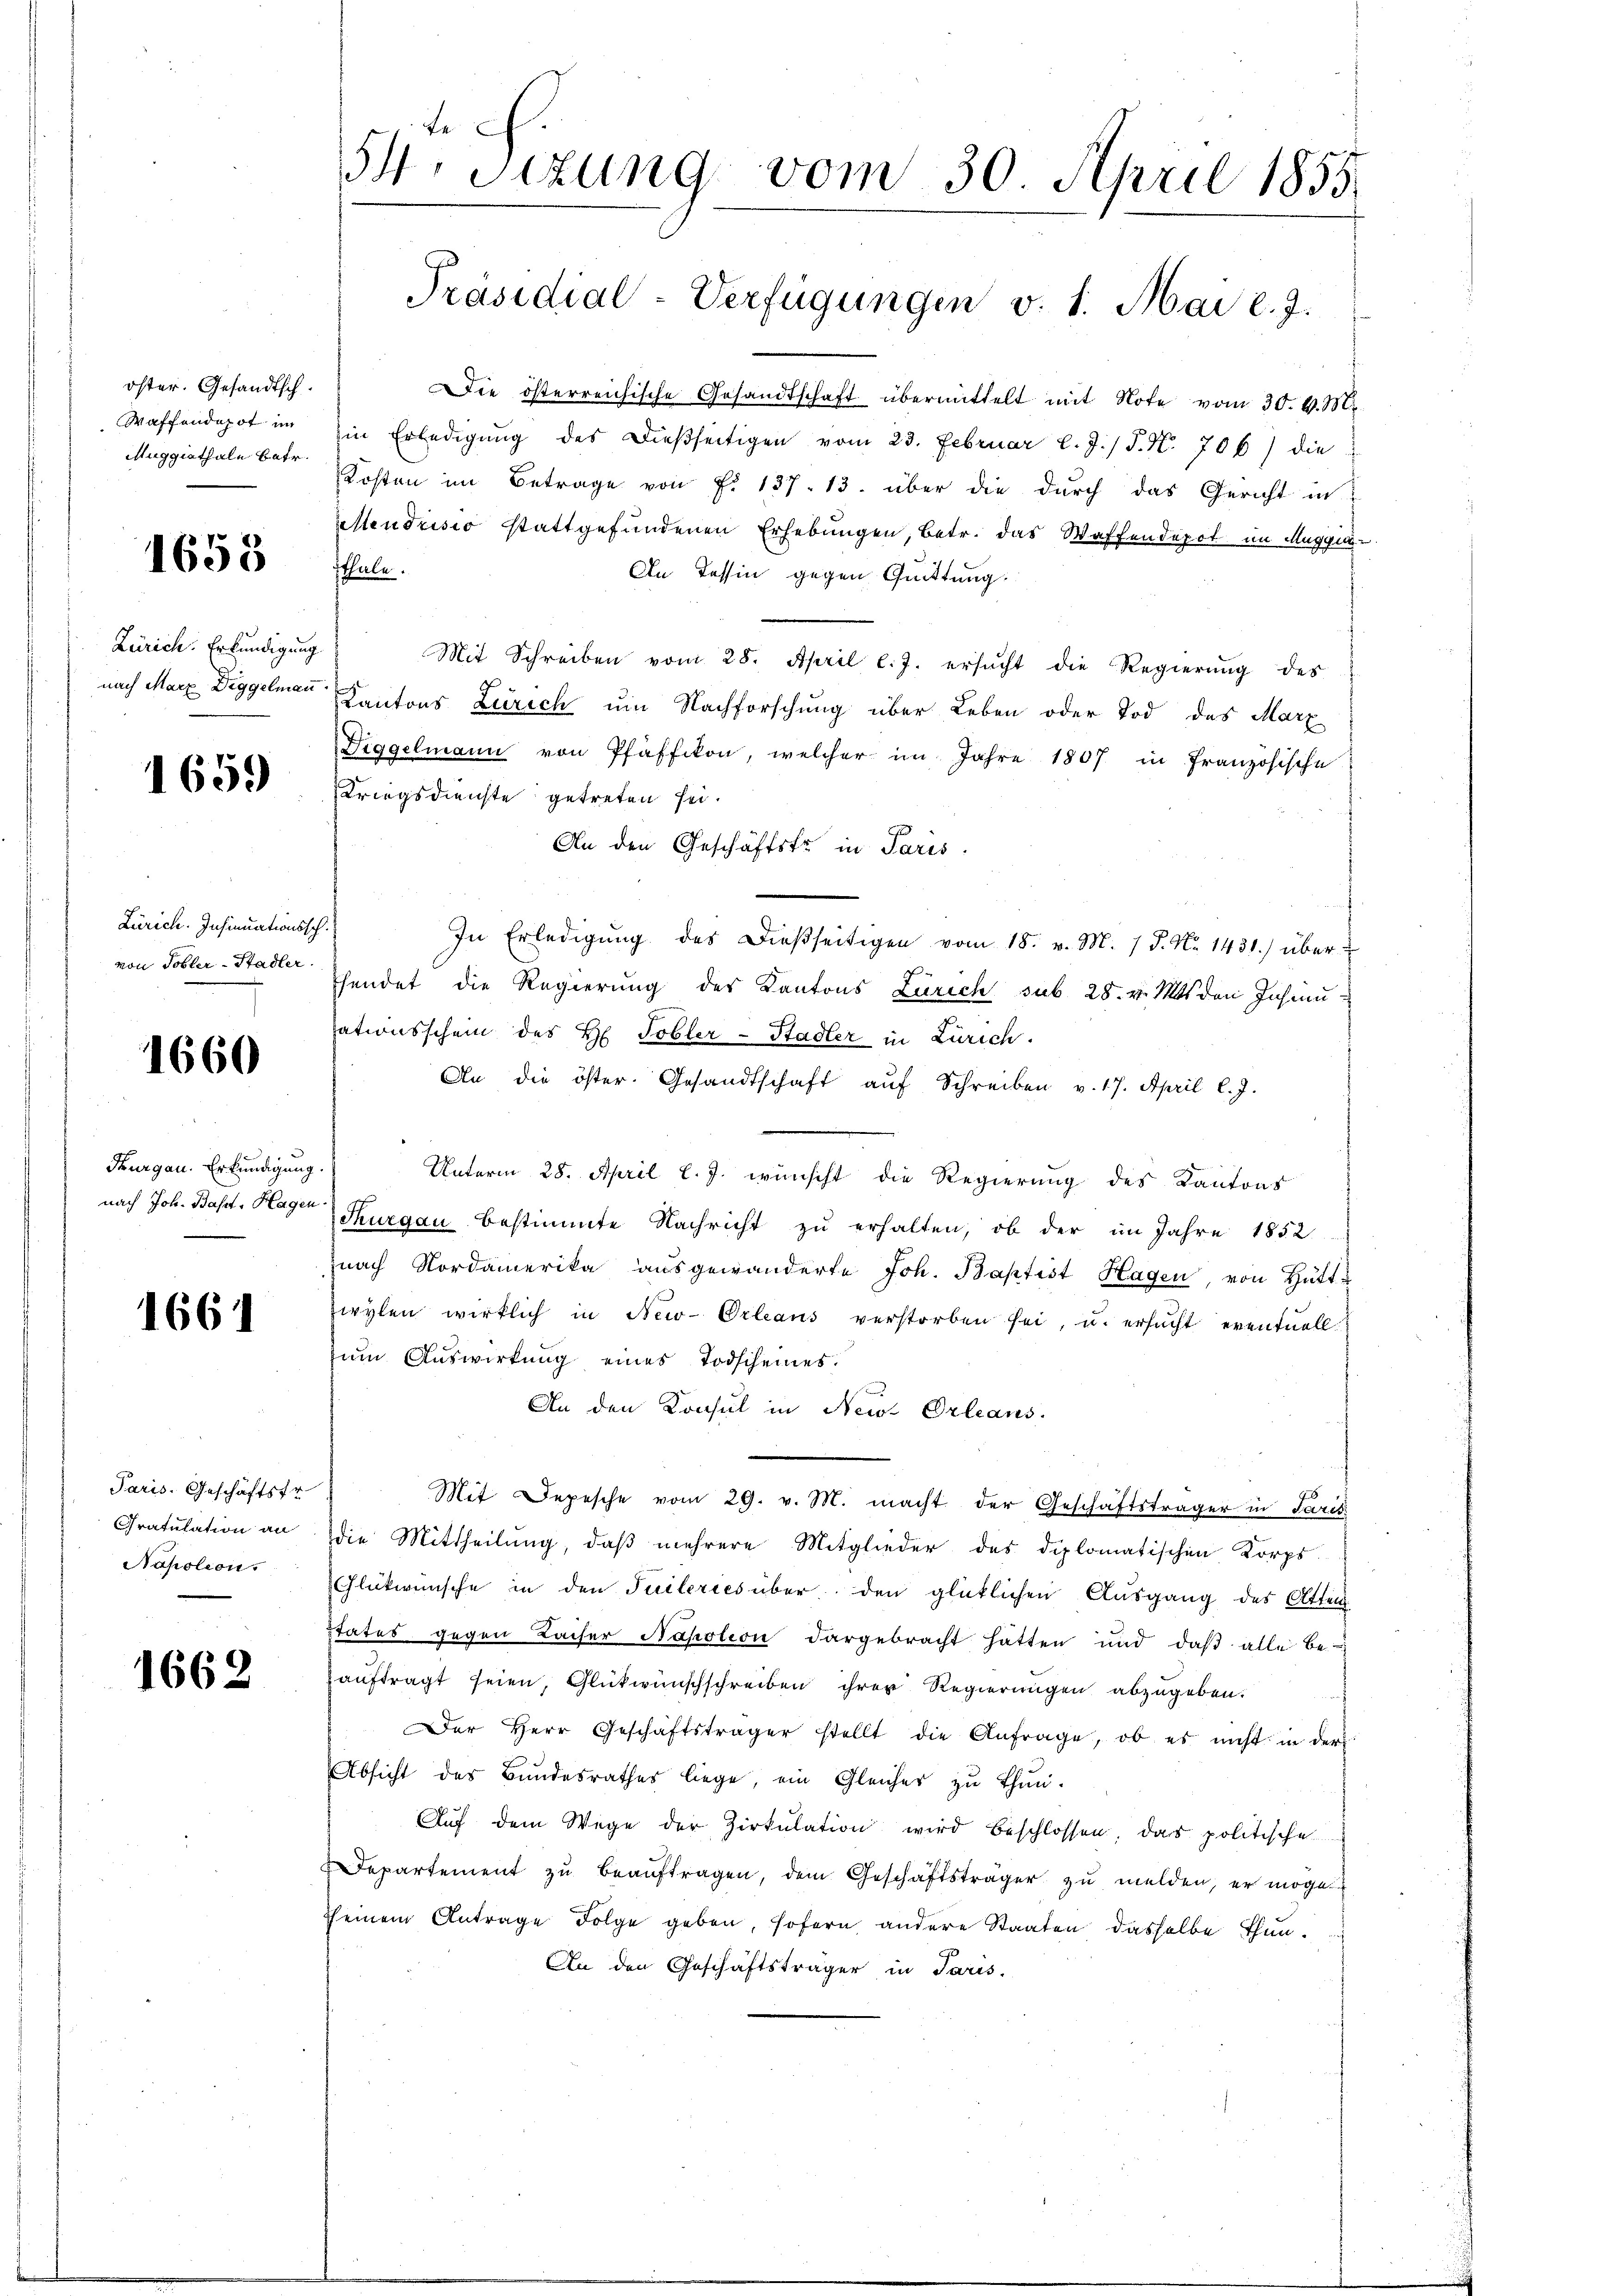
öster. Gesandtsch.
Waffendepot im
Muggiathale betr.

1658

Zürich. Erkundigung
nach Marx Diggelmann.

1659

Zürich. Insinuationssch
von Tobler-Stadler.

1660

Thurgau. Erkundigung.
nach Joh. Basst. Hagen

1661

Paris. Geschäftsfr.
Gratulation an
Napolion

1662

54. Sizung vom 30. April 1855.
Präsidial-Verfügungen v. 1. Mai l. J.

Die österreichische Gesandtschaft übermittelt mit Note vom 30. v. M.
in Erledigŭng des dießseitigen vom 23. Februar l. J. J. N. 706) die
Kosten im Betrage von P. 137. 13. über die durch das Gericht in
endrisio stattgefundenen Erhebungen, betr. das Waffendepot im Muggin-
tthale.
An Tessin gegen Quittung.
Mit Schreiben vom 28. April l. J. ersucht die Regierung des
Kantons Zürich um Nachforschung über Leben oder Tod des Marz
Diggelmann von Pfäffikon, welcher im Jahre 1807 in Französische
Kriegsdienste getreten sei.
An den Geschäftsfr. in Paris.
In Erledigung des dießseitigen vom 18. v. M. / P. Nr. 1431) über
hendet die Regierŭng des Kantons Zürich sub 28. v. Mts. den Jahren-
ationsschein des H. Tobler-Stadler in Zürich.
An die öster. Gesandtschaft aŭf Schreiben v. 17. April l. J.
Unterm 28. April l. J. wünscht die Regierung des Kantons
Thurgau bestimmte Nachricht zu erhalten, ob der im Jahre 1852
nach Nordamerika ausgewanderte Joh. Baptist Hagen, von Hüttwylen wirklich in New-Orleans verstorben sei, u. ersŭcht eventuell
um Auswirkung eines Todscheines.
An den Konsul in Neu Orleans
Mit Depesche vom 29. v. M. macht der Geschäftsträger in Paris
die Mittheilung, daß mehrere Mitglieder des diplomatischen Korps
Glükwünsche in den Teileries über den glücklichen Ausgang des Atten
tates gegen Kaiser Napolion dargebracht hätten und daβ alle be-
auftragt seien, Glückwunschschreiben ihrer Regierungen abzugeben.
Der Herr Geschäftsträger stellt die Anfrage, ob es nicht in der
Absicht des Bundesrathes liege, ein Gleicher zu thun.
Auf dem Wege der Zirkŭlation wird beschlossen, das politische
Departement zu beauftragen, dem Geschäftsträger zu melden, er mögen
seinem Antrage Folge geben, sofern andere Staaten dasselbe thun¬
An den Geschäftsträger in Paris.